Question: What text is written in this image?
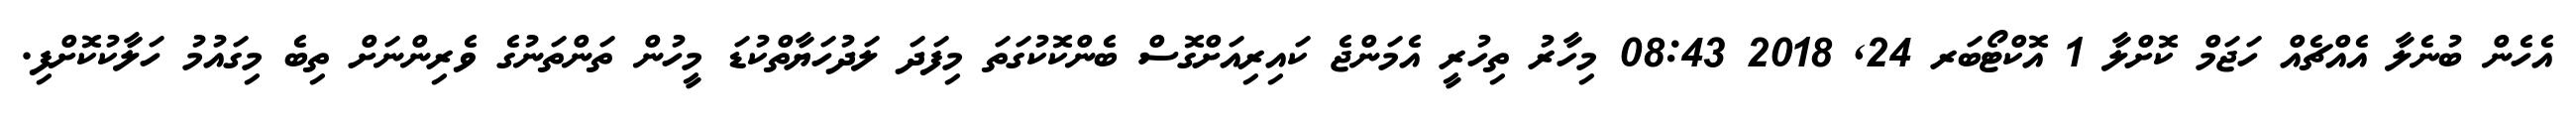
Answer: އެހެން ބުނެލާ އެއްޗެއް ހަޖަމް ކޮށްލާ 1 އޮކްޓޯބަރ 24, 2018 08:43 މިހާރު ތިހުރީ އެމަންޖެ ކައިރިއަށްގޮސް ބެންކޮކުގަތަ މިފަދަ ލަދުހަޔާތްކުޑަ މީހުން ތަންތަނުގެ ވެރިންނަށް ތިބެ މިގައުމު ހަލާކުކޮށްފި.